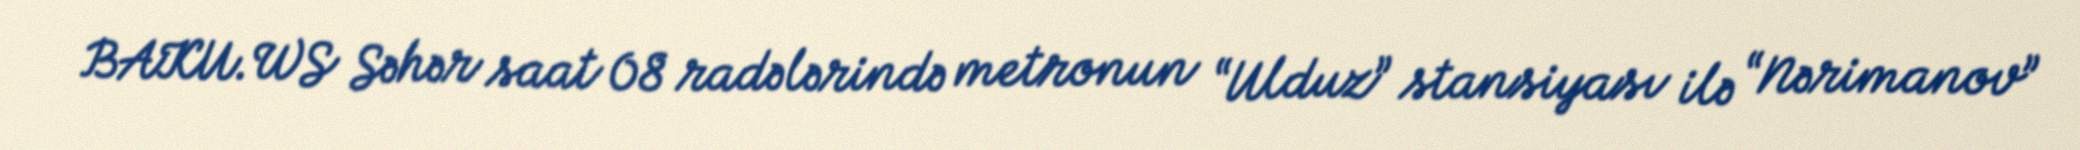
BAKU.WS Səhər saat 08 radələrində metronun “Ulduz” stansiyası ilə “Nərimanov”